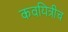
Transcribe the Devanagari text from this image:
कवयित्रीच